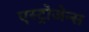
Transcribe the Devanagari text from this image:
एस्ट्रोजेन्स